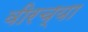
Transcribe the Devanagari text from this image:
वीरच्या